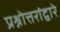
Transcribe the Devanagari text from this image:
प्रश्नोत्तरांद्वारे